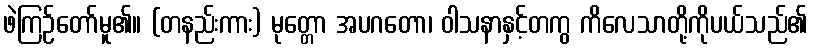
ဖဲကြဉ်တော်မူ၏။ (တနည်းကား) မုတ္တော အပဂတော၊ ဝါသနာနှင့်တကွ ကိလေသာတို့ကိုပယ်သည်၏